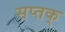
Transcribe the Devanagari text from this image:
सप्तक्